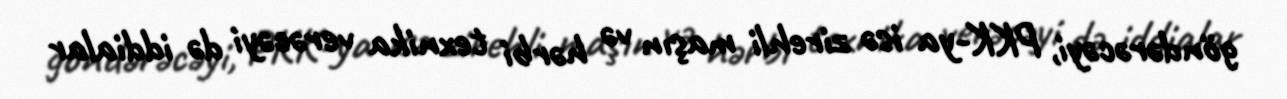
göndərəcəyi, PKK-ya isə zirehli maşın və hərbi texnika verəcəyi də iddialar